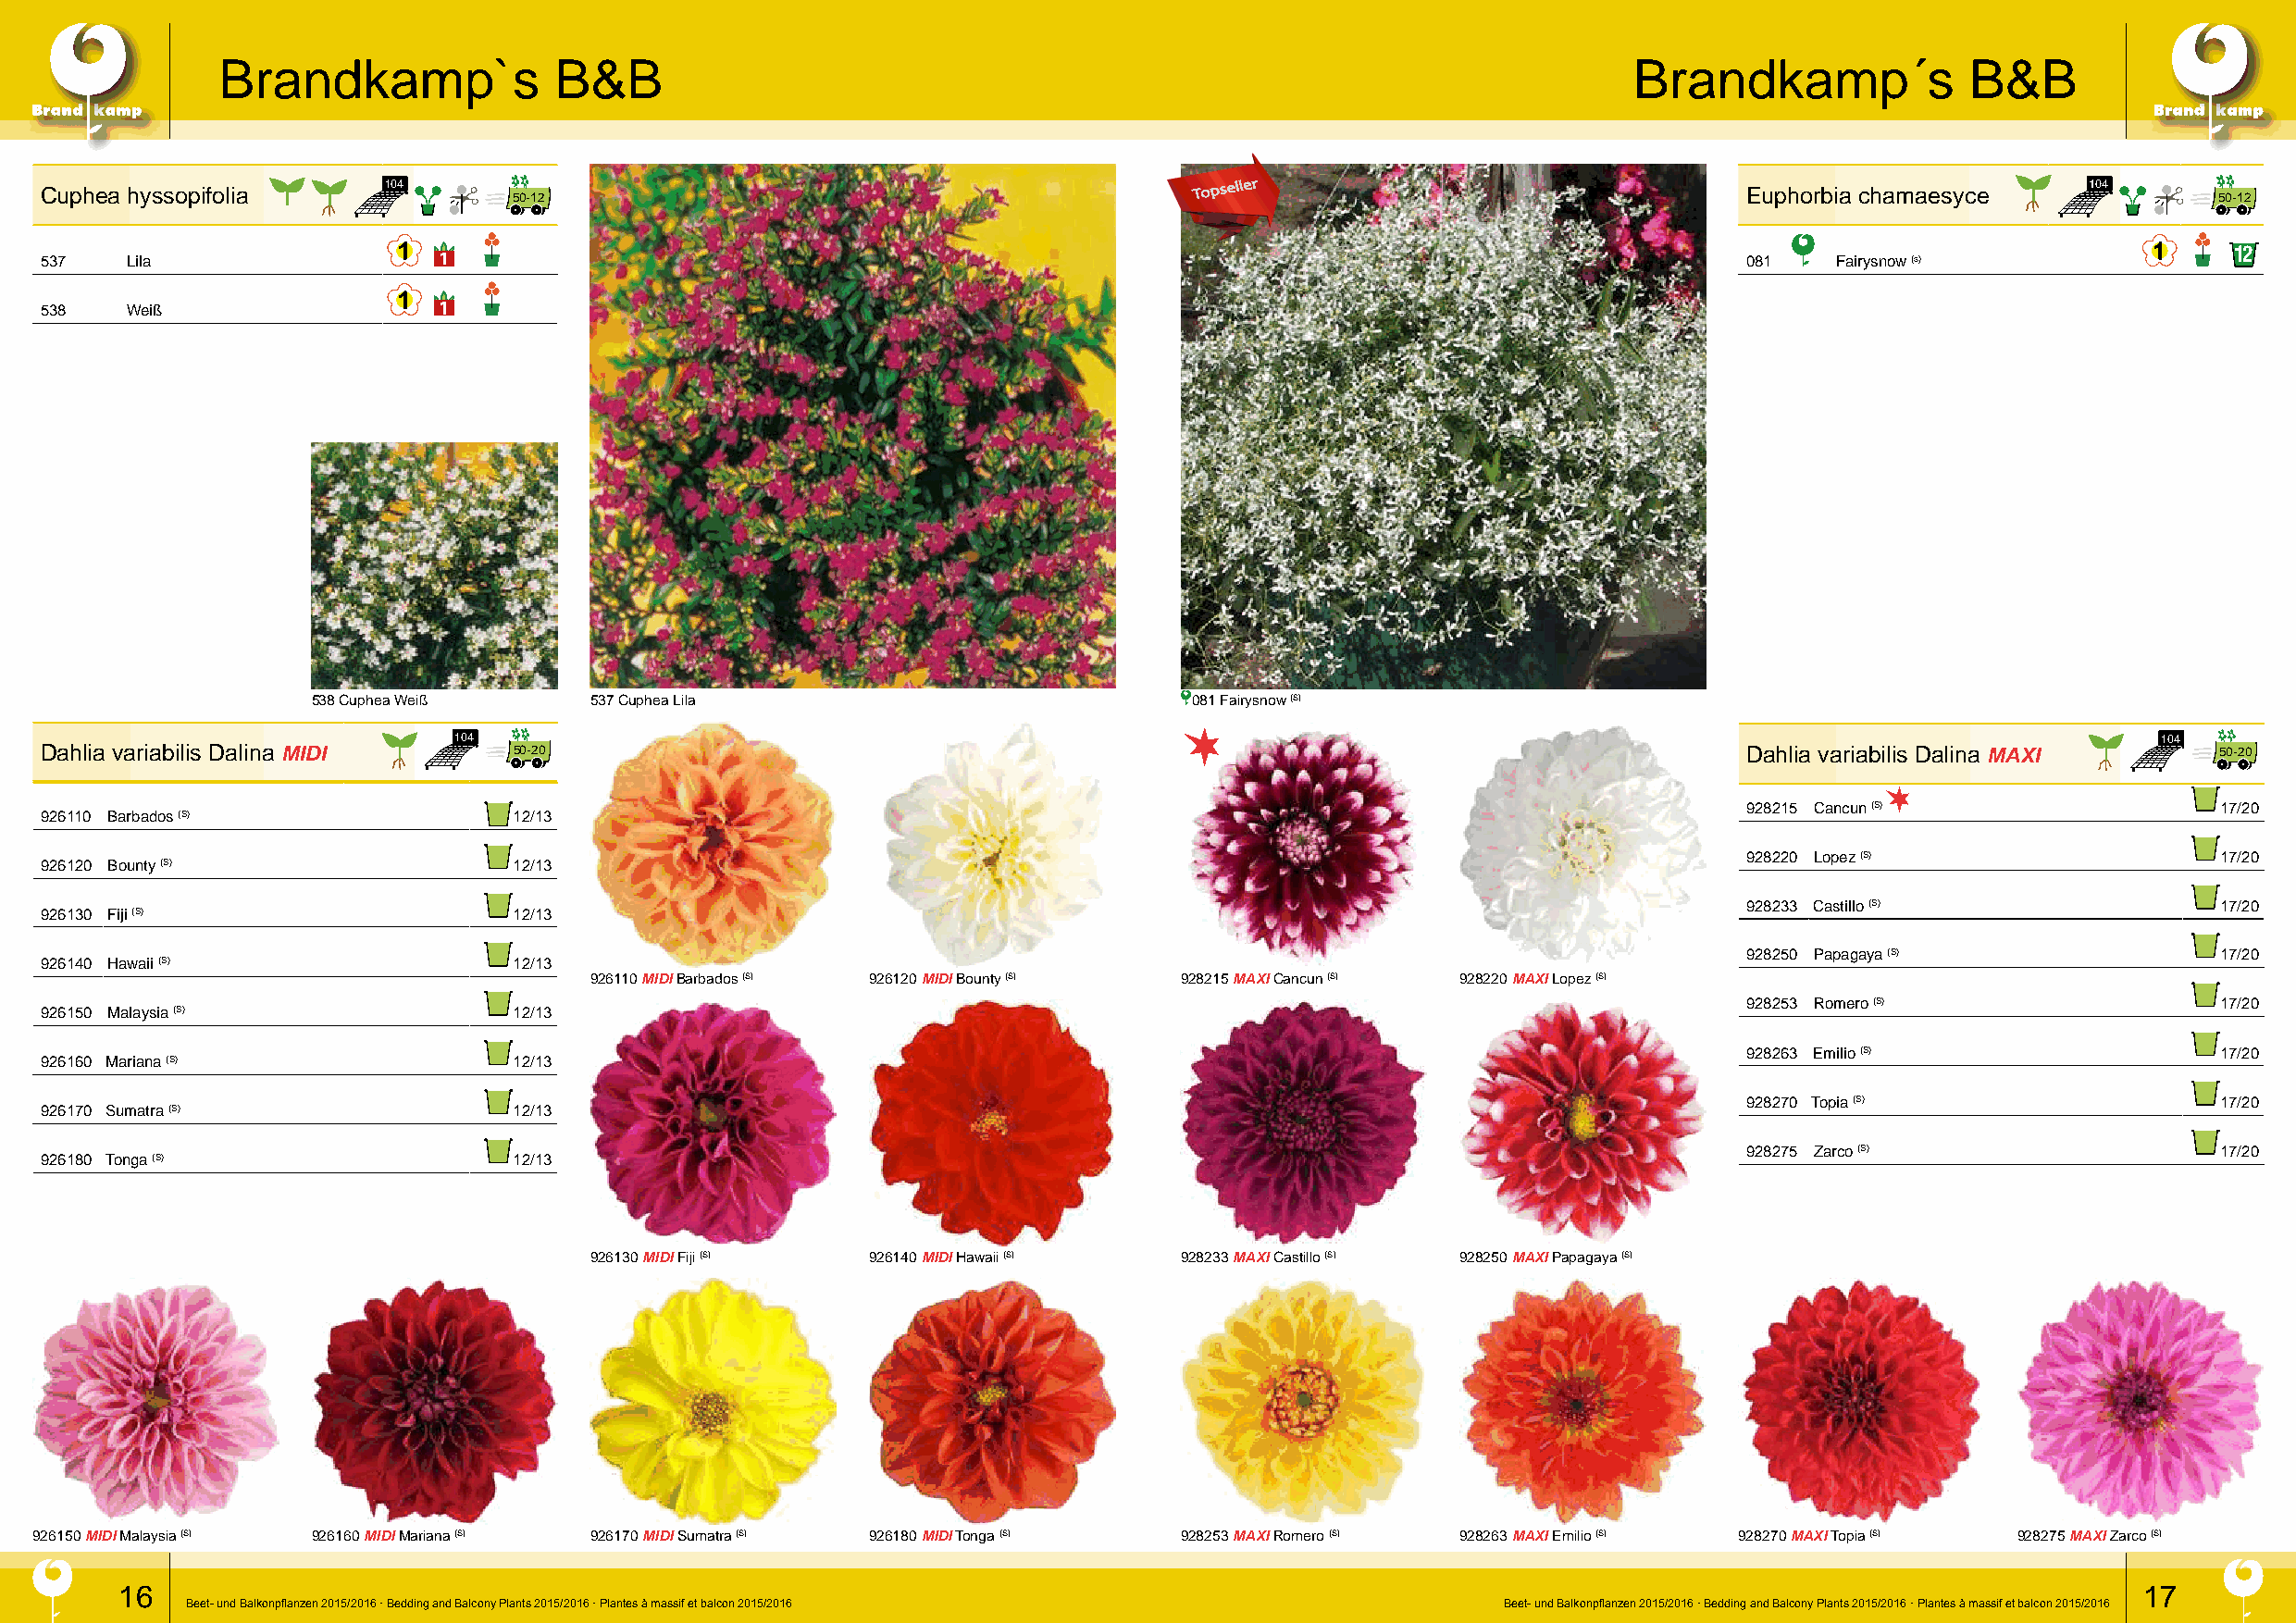
Brandkamp`s             B&B                                                                          Brandkamp´s             B&B
 Cuphea hyssopifolia
 104
 50-12
 Topseller
 Euphorbia chamaesyce
 104
 50-12
 12
 537   Lila                                                                                                                081   Fairysnow (s)
 538   Weiß
 538 Cuphea Weiß     537 Cuphea Lila                            081 Fairysnow (S)
 104                                                                                                                       104
 Dahlia variabilis Dalina MIDI     50-20                                                                                   Dahlia variabilis Dalina MAXI     50-20
 928215 Cancun (S)                 17/20
 926110 Barbados (S)               12/13
 928220 Lopez (S)                  17/20
 926120 Bounty (S)                 12/13
 928233 Castillo (S)               17/20
 926130 Fiji (S)                   12/13
 928250 Papagaya (S)               17/20
 926140 Hawaii (S)                 12/13
 926110 MIDI Barbados (S) 926120 MIDI Bounty (S) 928215 MAXI Cancun (S) 928220 MAXI Lopez (S)
 928253 Romero (S)                 17/20
 926150 Malaysia (S)               12/13
 928263 Emilio (S)                 17/20
 926160 Mariana (S)                12/13
 928270 Topia (S)                  17/20
 926170 Sumatra (S)                12/13
 928275 Zarco (S)                  17/20
 926180 Tonga (S)                  12/13
 926130 MIDI Fiji (S) 926140 MIDI Hawaii (S) 928233 MAXI Castillo (S) 928250 MAXI Papagaya (S)
 926150 MIDI Malaysia (S) 926160 MIDI Mariana (S) 926170 MIDI Sumatra (S) 926180 MIDI Tonga (S) 928253 MAXI Romero (S) 928263 MAXI Emilio (S) 928270 MAXI Topia (S) 928275 MAXI Zarco (S)
 16                                                                                                                                               17
 Beet- und Balkonpflanzen 2015/2016 · Bedding and Balcony Plants 2015/2016 · Plantes à massif et balcon 2015/2016 Beet- und Balkonpflanzen 2015/2016 · Bedding and Balcony Plants 2015/2016 · Plantes à massif et balcon 2015/2016